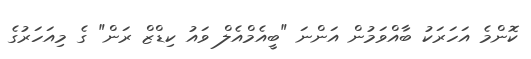
ކޮންމެ އަހަރަކު ބާއްވަމުން އަންނަ "ބީއެމްއެލް ވައު ކިޑްޒް ރަން" ގެ މިއަހަރުގެ